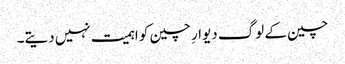
چین کے لوگ دیوارِ چین کو اہمیت نہیں دیتے۔